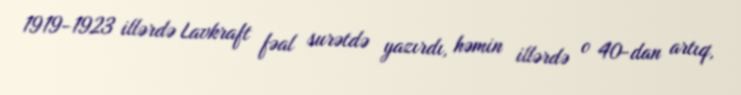
1919-1923 illərdə Lavkraft fəal surətdə yazırdı, həmin illərdə o 40-dan artıq,